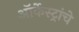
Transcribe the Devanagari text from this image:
ऑर्केस्ट्रांचे